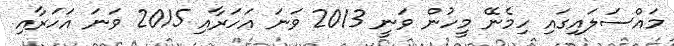
މައްސަލައިގައި ހިމެނޭ މީހުން ވަނީ 2013 ވަނަ އަހަރާއި 2015 ވަނަ އަހަރާއި